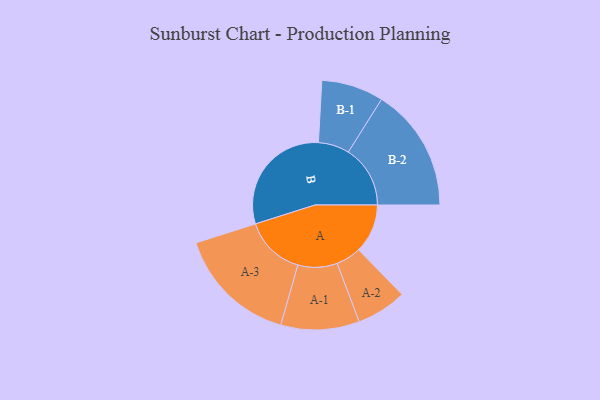
{"axis": {"x": "Segment", "y": "Value"}, "legend": ["", "A", "B"], "data": [{"x": "A", "y": 197, "type": ""}, {"x": "B", "y": 477, "type": ""}, {"x": "A-1", "y": 158, "type": "A"}, {"x": "A-2", "y": 101, "type": "A"}, {"x": "A-3", "y": 243, "type": "A"}, {"x": "B-1", "y": 125, "type": "B"}, {"x": "B-2", "y": 249, "type": "B"}]}